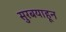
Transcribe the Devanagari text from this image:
सुरबयाहून